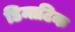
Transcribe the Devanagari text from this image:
डिमाटिक